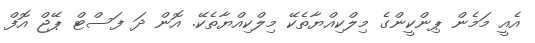
އެއީ މަމެން ޕިންކީންގެ މިލްކިއްޔާތެކޭ މިލްކިއްޔާތެކޭ. އޮން ދަ ފަސްޓް ޕޭޖް އޮފް